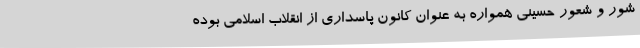
شور و شعور حسینی همواره به عنوان کانون پاسداری از انقلاب اسلامی بوده